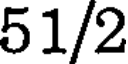
51/2